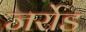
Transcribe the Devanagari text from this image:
जर्रोड